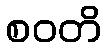
စဝတိ